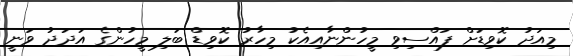
މިއަދު ކޮވިޑަށް ފައްސިވި މީހުންނާއިއެކު މިހާރު ކޮވިޑް ބަލި މީހުންގެ އަދަދު ވަނީ